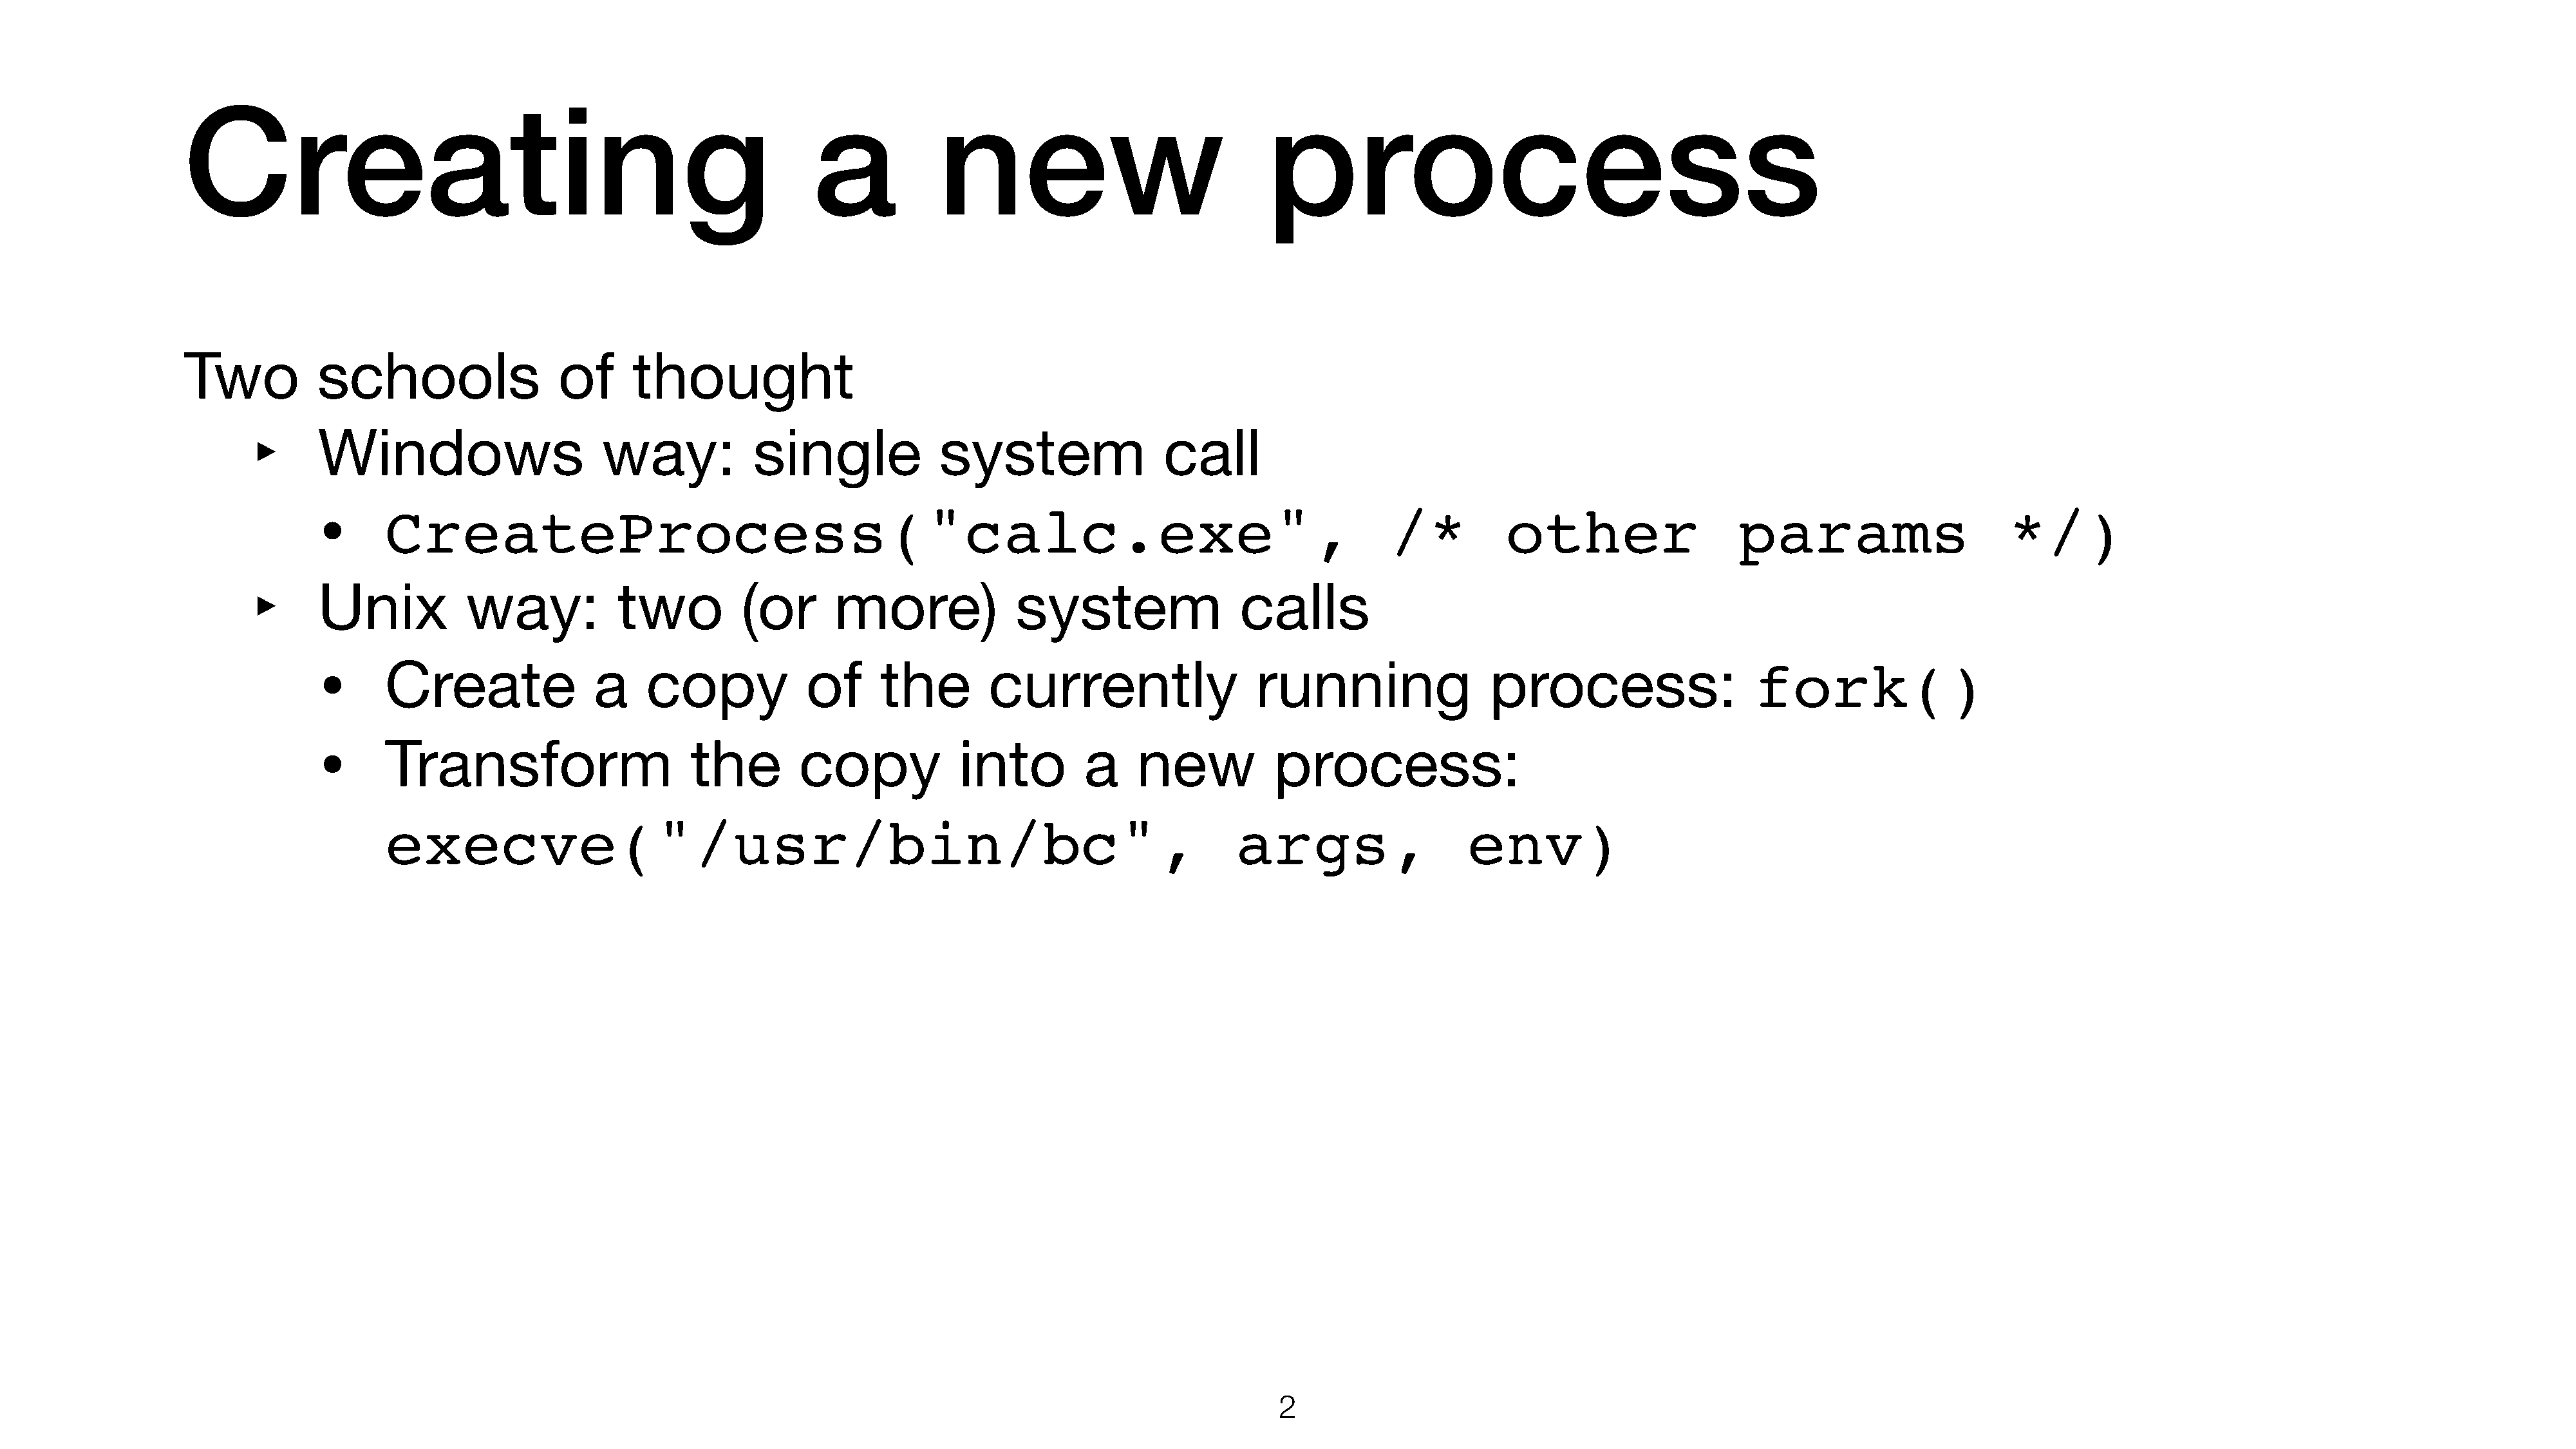
Creating                                                         a           new                               process
 Two           schools                 of      thought
 ‣
 Windows                      way:           single              system                 call
 •
 CreateProcess("calc.exe",                                                                              /*          other                   params                     */)
 ‣
 Unix           way:           two          (or       more)             system                 calls
 •
 Create               a    copy             of     the         currently                  running                 process:                   fork()
 •
 Transform                      the        copy             into        a     new           process:
 execve("/usr/bin/bc",                                                                  args,                   env)
 2